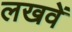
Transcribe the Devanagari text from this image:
लखवें